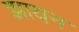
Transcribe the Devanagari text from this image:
झायन